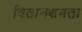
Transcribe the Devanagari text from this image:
वितानक्षमता